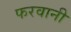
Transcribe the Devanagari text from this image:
फरवानी